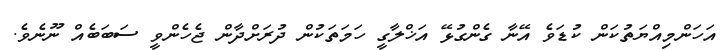
އަހަންމިއްޔަތުކަން ކުޑަވެ އޭނާ ގެންގުޅޭ އަޚްލާގީ ހަމަތަކުން ދުރަށްދާން ޖެހެންވީ ސަބަބެއް ނޫނެވެ.